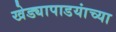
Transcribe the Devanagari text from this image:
खेड्यापाडयांच्या